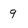
Character: 9